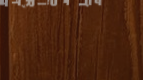
مدرسة الأطفال الصغار: تعل